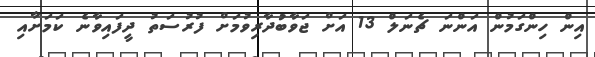
އިން ހިންގަމުން އަންނަ ޗެނަލް 13 އަށް ޖަވާބުދާރިވުމަށް ފުރުސަތު ދީފައިވާނެ ކަމަށާއި